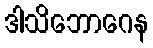
ဒါသိဘောဂေန